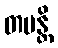
တမန္တိ